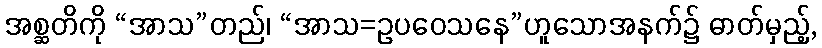
အစ္ဆတိကို “အာသ”တည်၊ “အာသ=ဥပဝေသနေ”ဟူသောအနက်၌ ဓာတ်မှည့်,